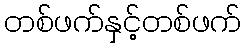
တစ်ဖက်နှင့်တစ်ဖက်